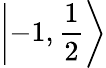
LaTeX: \left|-1,{\frac{1}{2}}\right\rangle